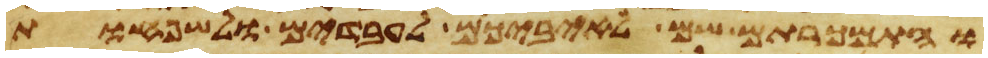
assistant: והתמכרתם שם לאיביכם לעבדים ולשפחות